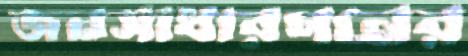
জনসাধারণনের